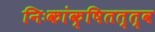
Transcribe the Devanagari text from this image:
निःकांक्षितत्त्व